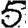
Digit: 5